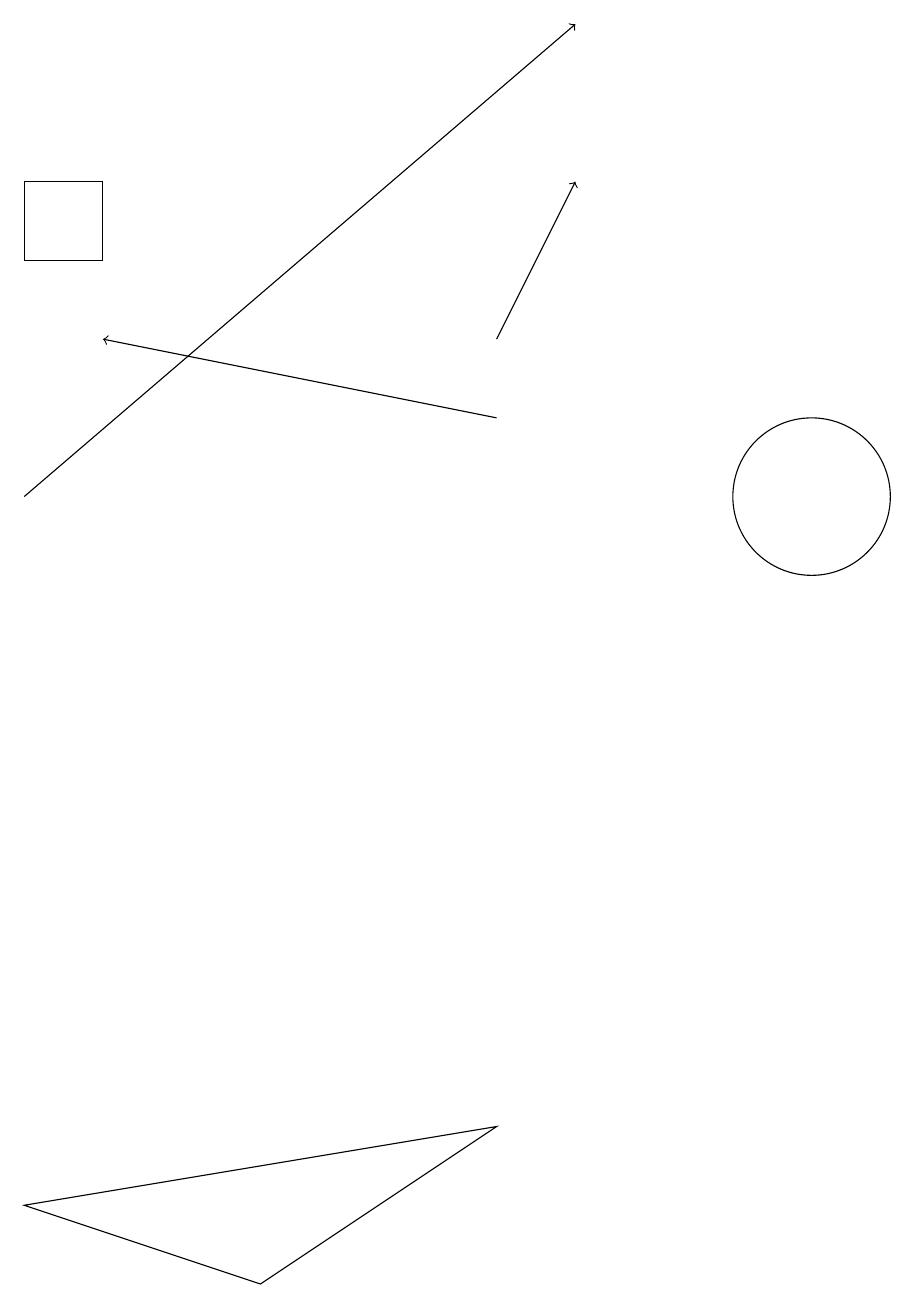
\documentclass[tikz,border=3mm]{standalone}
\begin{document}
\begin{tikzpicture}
\draw (1,16) rectangle (2,15);
\draw[->] (7,14) -- (8,16);
\draw (11,12) circle (1);
\draw[->] (7,13) -- (2,14);
\draw[->] (1,12) -- (8,18);
\draw (1,3) -- (7,4) -- (4,2) -- cycle;
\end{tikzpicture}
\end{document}